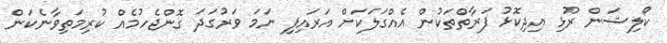
ކޯލިޝަން ރޫޅި އިދިކޮޅު ފަރާތްތަކުން އެއްގަލަކަށް އަރައިފި ނަމަ ވަރުގަދަ ގޮންޖެހުމެއް ކުރިމަތިވާނެކަން